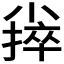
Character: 𪨃